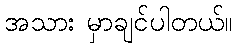
အသား မှာချင်ပါတယ်။